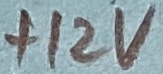
Text: +12V